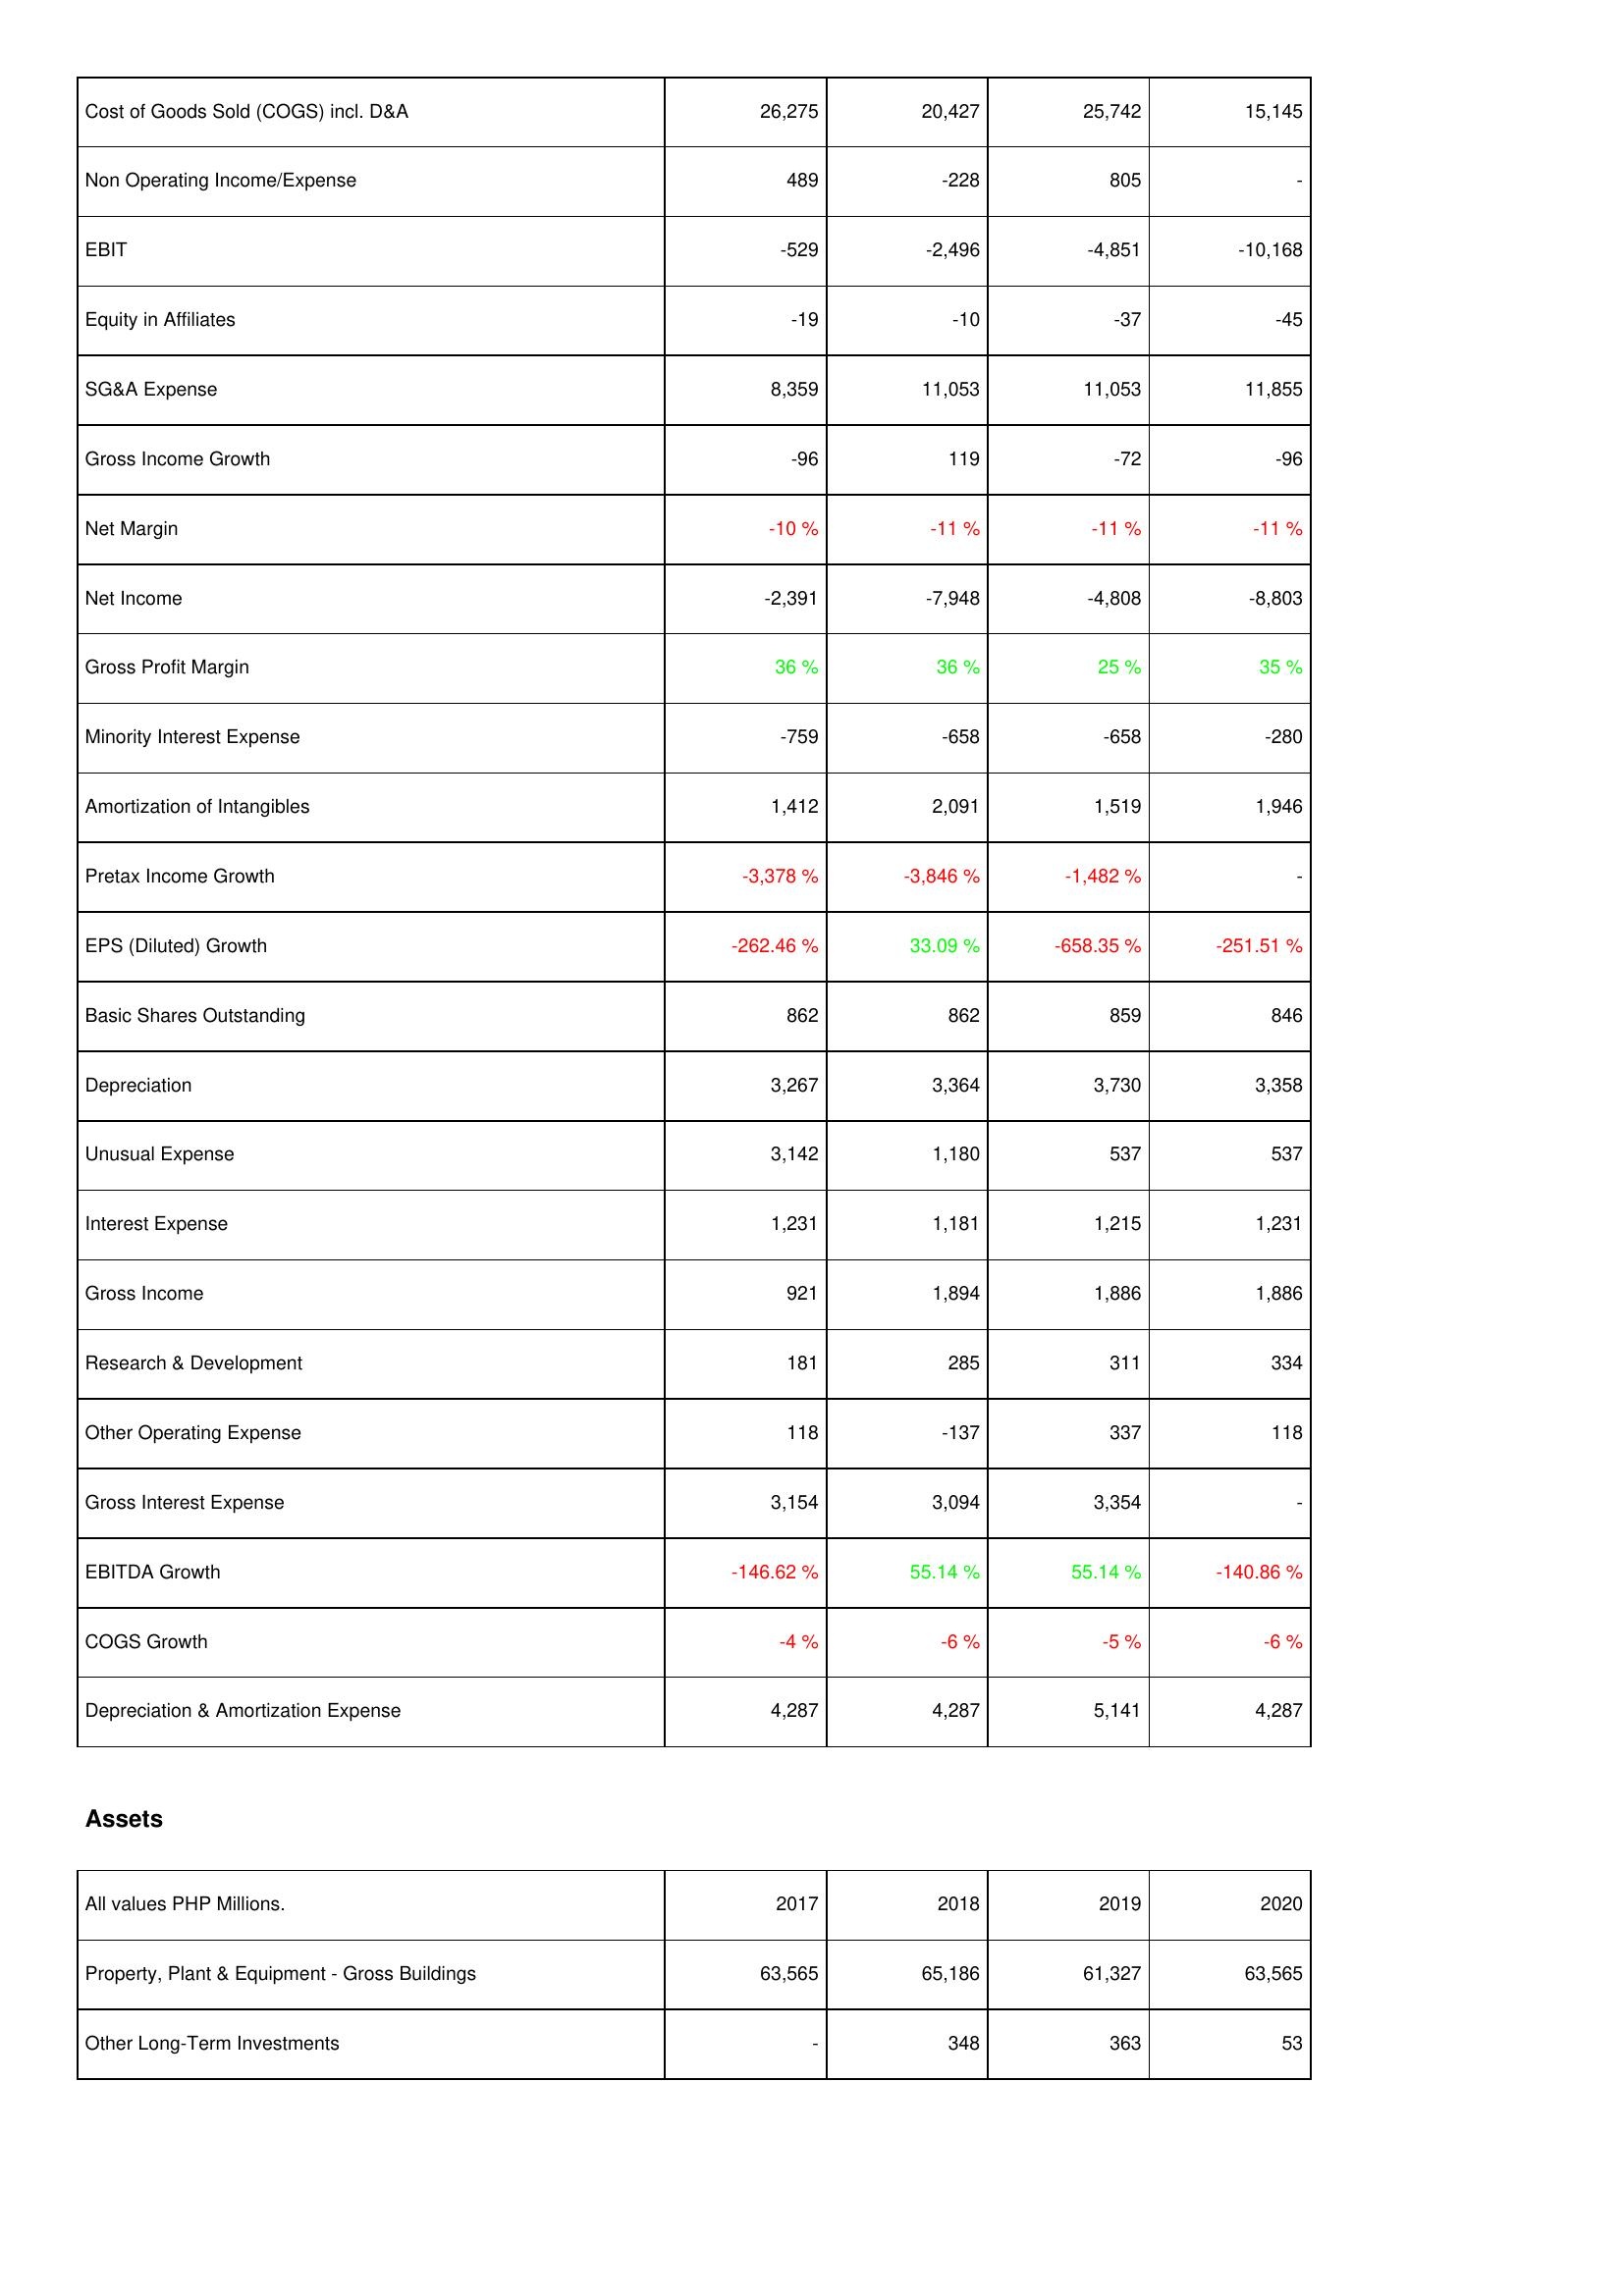
2017: Income Statement: Cost of Goods Sold (COGS) incl. D&A: 26,275
Non Operating Income/Expense: 489
EBIT: -529
Equity in Affiliates: -19
SG&A Expense: 8,359
Gross Income Growth: -96
Net Margin: -10 %
Net Income: -2,391
Gross Profit Margin: 36 %
Minority Interest Expense: -759
Amortization of Intangibles: 1,412
Pretax Income Growth: -3,378 %
EPS (Diluted) Growth: -262.46 %
Basic Shares Outstanding: 862
Depreciation: 3,267
Unusual Expense: 3,142
Interest Expense: 1,231
Gross Income: 921
Research & Development: 181
Other Operating Expense: 118
Gross Interest Expense: 3,154
EBITDA Growth: -146.62 %
COGS Growth: -4 %
Depreciation & Amortization Expense: 4,287
Assets: Property, Plant & Equipment - Gross Buildings: 63,565
Other Long-Term Investments: -
2018: Income Statement: Cost of Goods Sold (COGS) incl. D&A: 20,427
Non Operating Income/Expense: -228
EBIT: -2,496
Equity in Affiliates: -10
SG&A Expense: 11,053
Gross Income Growth: 119
Net Margin: -11 %
Net Income: -7,948
Gross Profit Margin: 36 %
Minority Interest Expense: -658
Amortization of Intangibles: 2,091
Pretax Income Growth: -3,846 %
EPS (Diluted) Growth: 33.09 %
Basic Shares Outstanding: 862
Depreciation: 3,364
Unusual Expense: 1,180
Interest Expense: 1,181
Gross Income: 1,894
Research & Development: 285
Other Operating Expense: -137
Gross Interest Expense: 3,094
EBITDA Growth: 55.14 %
COGS Growth: -6 %
Depreciation & Amortization Expense: 4,287
Assets: Property, Plant & Equipment - Gross Buildings: 65,186
Other Long-Term Investments: 348
2019: Income Statement: Cost of Goods Sold (COGS) incl. D&A: 25,742
Non Operating Income/Expense: 805
EBIT: -4,851
Equity in Affiliates: -37
SG&A Expense: 11,053
Gross Income Growth: -72
Net Margin: -11 %
Net Income: -4,808
Gross Profit Margin: 25 %
Minority Interest Expense: -658
Amortization of Intangibles: 1,519
Pretax Income Growth: -1,482 %
EPS (Diluted) Growth: -658.35 %
Basic Shares Outstanding: 859
Depreciation: 3,730
Unusual Expense: 537
Interest Expense: 1,215
Gross Income: 1,886
Research & Development: 311
Other Operating Expense: 337
Gross Interest Expense: 3,354
EBITDA Growth: 55.14 %
COGS Growth: -5 %
Depreciation & Amortization Expense: 5,141
Assets: Property, Plant & Equipment - Gross Buildings: 61,327
Other Long-Term Investments: 363
2020: Income Statement: Cost of Goods Sold (COGS) incl. D&A: 15,145
Non Operating Income/Expense: -
EBIT: -10,168
Equity in Affiliates: -45
SG&A Expense: 11,855
Gross Income Growth: -96
Net Margin: -11 %
Net Income: -8,803
Gross Profit Margin: 35 %
Minority Interest Expense: -280
Amortization of Intangibles: 1,946
Pretax Income Growth: -
EPS (Diluted) Growth: -251.51 %
Basic Shares Outstanding: 846
Depreciation: 3,358
Unusual Expense: 537
Interest Expense: 1,231
Gross Income: 1,886
Research & Development: 334
Other Operating Expense: 118
Gross Interest Expense: -
EBITDA Growth: -140.86 %
COGS Growth: -6 %
Depreciation & Amortization Expense: 4,287
Assets: Property, Plant & Equipment - Gross Buildings: 63,565
Other Long-Term Investments: 53